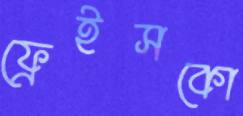
ফ্রেইসকো